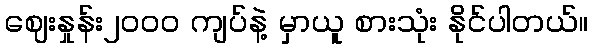
ဈေးနှုန်း၂ဝဝဝ ကျပ်နဲ့ မှာယူ စားသုံး နိုင်ပါတယ်။